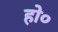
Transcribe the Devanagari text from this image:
हो०